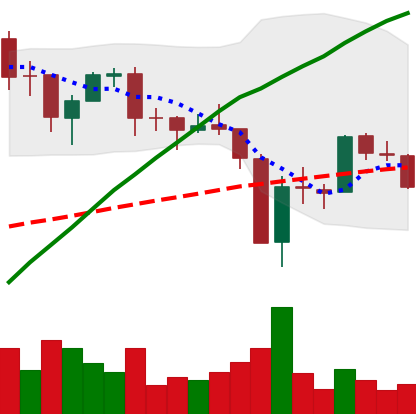
Ticker: BTC-USD
Chart end date: 2017-09-21
Forward return: 7.197%
Label: up_7plus